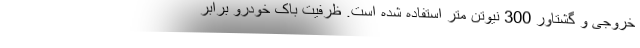
خروجی و گشتاور 300 نیوتن متر استفاده شده است. ظرفیت باک خودرو برابر